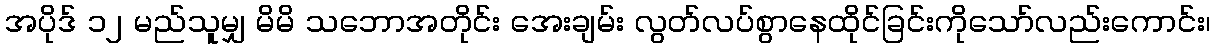
အပိုဒ် ၁၂ မည်သူမျှ မိမိ သဘောအတိုင်း အေးချမ်း လွတ်လပ်စွာနေထိုင်ခြင်းကိုသော်လည်းကောင်း၊